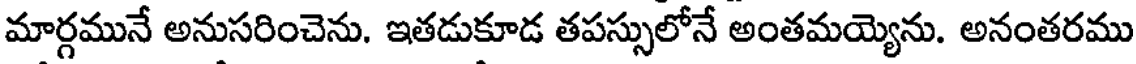
మార్గమునే అనుసరించెను. ఇతడుకూడ తపస్సులోనే అంతమయ్యెను. అనంతరము